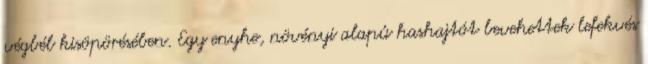
végbél kisöpörésében. Egy enyhe, növényi alapú hashajtót bevehettek lefekvés